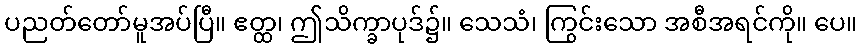
ပညတ်တော်မူအပ်ပြီ။ ဧတ္ထ၊ ဤသိက္ခာပုဒ်၌။ သေသံ၊ ကြွင်းသော အစီအရင်ကို။ ပေ။